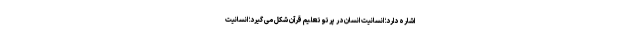
اشاره دارد؛ انسانیت انسان در پرتو تعلیم قرآن شکل می گیرد؛ انسانیت